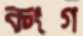
কংগ